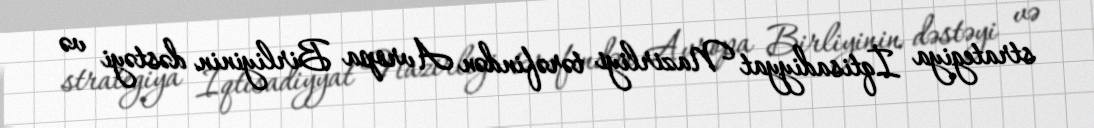
strategiya İqtisadiyyat Nazirliyi tərəfindən Avropa Birliyinin dəstəyi və